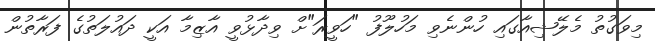
މިވަގުތު މެލޭޝިއާގައި ހުންނެވި މަހުލޫފު "ހަވީރަ"ށް ވިދާޅުވީ އާޒިމާ އަކީ ދައުލަތުގެ ފަރާތުން